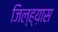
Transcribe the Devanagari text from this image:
जिल्ह्य़ास